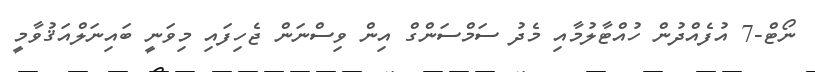
ނޯޓް-7 އުފެއްދުން ހުއްޓާލުމާއި މެދު ސަމްސަންގް އިން ވިސްނަން ޖެހިފައި މިވަނީ ބައިނަލްއަޤުވާމީ